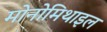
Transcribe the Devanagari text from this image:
मोनोमिथाइल